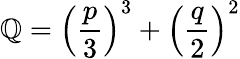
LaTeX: \mathbb{Q}=\left(\frac{{p}}{{3}}\right)^{3}+\left(\frac{{q}}{{2}}\right)^{2}